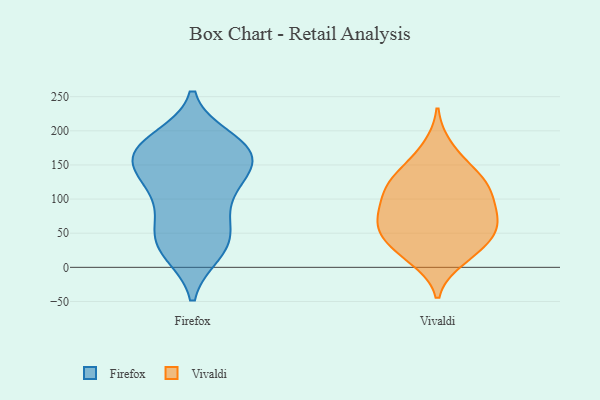
{"axis": {"x": "Net Income (USD K)", "y": "Value"}, "legend": ["Firefox", "Vivaldi"], "data": [{"x": "", "y": 31, "type": "Firefox"}, {"x": "", "y": 68, "type": "Firefox"}, {"x": "", "y": 182, "type": "Firefox"}, {"x": "", "y": 187, "type": "Firefox"}, {"x": "", "y": 122, "type": "Firefox"}, {"x": "", "y": 122, "type": "Firefox"}, {"x": "", "y": 127, "type": "Firefox"}, {"x": "", "y": 167, "type": "Firefox"}, {"x": "", "y": 164, "type": "Firefox"}, {"x": "", "y": 175, "type": "Firefox"}, {"x": "", "y": 166, "type": "Firefox"}, {"x": "", "y": 24, "type": "Firefox"}, {"x": "", "y": 164, "type": "Firefox"}, {"x": "", "y": 98, "type": "Firefox"}, {"x": "", "y": 57, "type": "Firefox"}, {"x": "", "y": 44, "type": "Firefox"}, {"x": "", "y": 150, "type": "Firefox"}, {"x": "", "y": 22, "type": "Firefox"}, {"x": "", "y": 26, "type": "Vivaldi"}, {"x": "", "y": 118, "type": "Vivaldi"}, {"x": "", "y": 176, "type": "Vivaldi"}, {"x": "", "y": 12, "type": "Vivaldi"}, {"x": "", "y": 21, "type": "Vivaldi"}, {"x": "", "y": 46, "type": "Vivaldi"}, {"x": "", "y": 135, "type": "Vivaldi"}, {"x": "", "y": 50, "type": "Vivaldi"}, {"x": "", "y": 122, "type": "Vivaldi"}, {"x": "", "y": 59, "type": "Vivaldi"}, {"x": "", "y": 116, "type": "Vivaldi"}, {"x": "", "y": 67, "type": "Vivaldi"}, {"x": "", "y": 147, "type": "Vivaldi"}, {"x": "", "y": 77, "type": "Vivaldi"}, {"x": "", "y": 98, "type": "Vivaldi"}, {"x": "", "y": 64, "type": "Vivaldi"}, {"x": "", "y": 93, "type": "Vivaldi"}]}